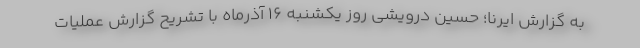
به گزارش ایرنا؛ حسین درویشی روز یکشنبه ۱۶ آذرماه با تشریح گزارش عملیات